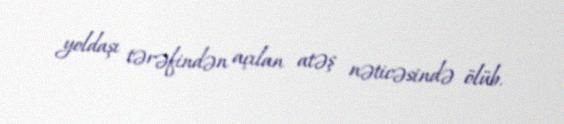
yoldaşı tərəfindən açılan atəş nəticəsində ölüb.